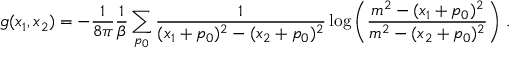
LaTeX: g ( x _ { 1 } , x _ { 2 } ) = - \frac { 1 } { 8 \pi } \frac { 1 } { \beta } \sum _ { p _ { 0 } } \frac { 1 } { ( x _ { 1 } + p _ { 0 } ) ^ { 2 } - ( x _ { 2 } + p _ { 0 } ) ^ { 2 } } \log \left( \frac { m ^ { 2 } - ( x _ { 1 } + p _ { 0 } ) ^ { 2 } } { m ^ { 2 } - ( x _ { 2 } + p _ { 0 } ) ^ { 2 } } \right) \, .